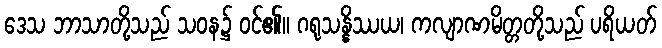
ဒေသ ဘာသာတို့သည် သဝန၌ ဝင်၏။ ဂရုသန္နိဿယ၊ ကလျာဏမိတ္တတို့သည် ပရိယတ်